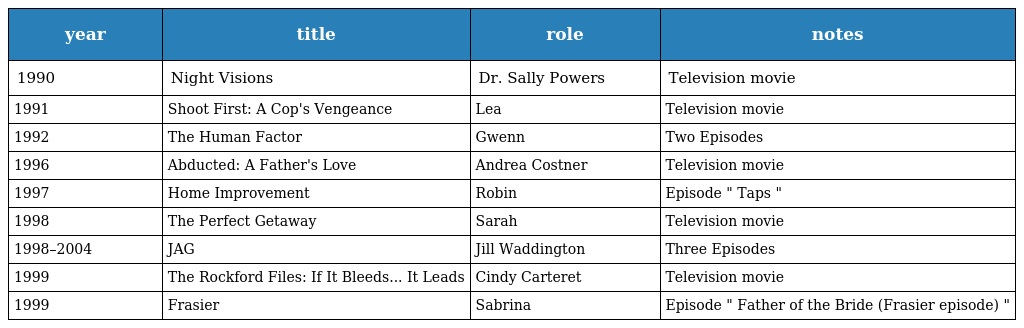
| year | title | role | notes |
 | --- | --- | --- | --- |
 | 1990 | Night Visions | Dr. Sally Powers | Television movie |
 | 1991 | Shoot First: A Cop's Vengeance | Lea | Television movie |
 | 1992 | The Human Factor | Gwenn | Two Episodes |
 | 1996 | Abducted: A Father's Love | Andrea Costner | Television movie |
 | 1997 | Home Improvement | Robin | Episode " Taps " |
 | 1998 | The Perfect Getaway | Sarah | Television movie |
 | 1998–2004 | JAG | Jill Waddington | Three Episodes |
 | 1999 | The Rockford Files: If It Bleeds... It Leads | Cindy Carteret | Television movie |
 | 1999 | Frasier | Sabrina | Episode " Father of the Bride (Frasier episode) " |